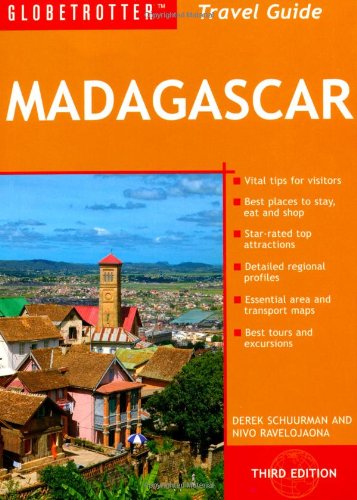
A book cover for Madagascar Travel Pack, 3rd (Globetrotter Travel Packs); Derek Schuurman; Travel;